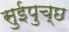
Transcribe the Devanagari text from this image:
सुईपुच्छ